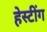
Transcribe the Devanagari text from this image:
हेस्टींग